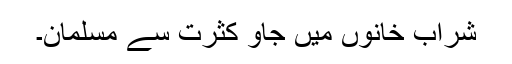
شراب خانوں میں جاؤ کثرت سے مسلمان۔